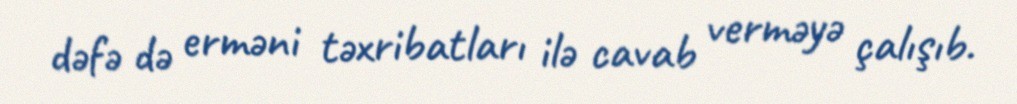
dəfə də erməni təxribatları ilə cavab verməyə çalışıb.